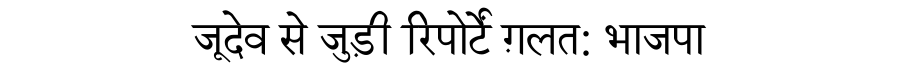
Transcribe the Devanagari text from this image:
जूदेव से जुड़ी रिपोर्टें ग़लत: भाजपा